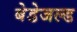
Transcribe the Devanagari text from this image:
बेडेजल्ड